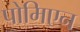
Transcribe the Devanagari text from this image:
पोमिएन